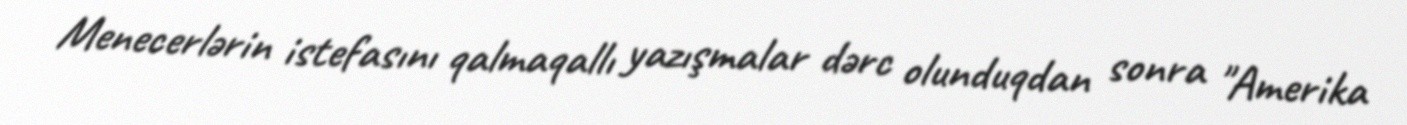
Menecerlərin istefasını qalmaqallı yazışmalar dərc olunduqdan sonra "Amerika